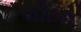
લીટન